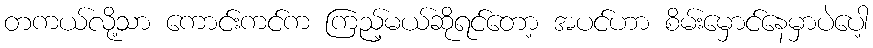
တကယ်လို့သာ ကောင်းကင်က ကြည့်မယ်ဆိုရင်တော့ အပင်ဟာ စိမ်းမှောင်နေမှာပဲပေါ့